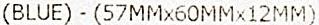
(BLUE) - (57MMX60MMX12MM)